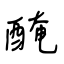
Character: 醃